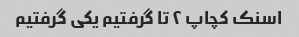
اسنک کچاپ ۲ تا گرفتیم یکی گرفتیم